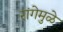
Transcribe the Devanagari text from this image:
रांगेमुळे